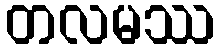
တလမဿ